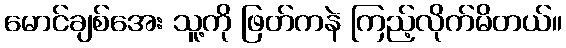
မောင်ချစ်အေး သူ့ကို ဖြတ်ကနဲ ကြည့်လိုက်မိတယ်။